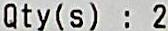
QTY(S) : 2